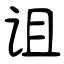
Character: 诅